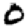
Digit: 0